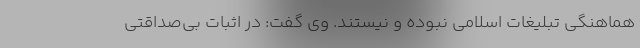
هماهنگی تبلیغات اسلامی نبوده و نیستند. وی گفت: در اثبات بی‌صداقتی